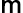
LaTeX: \mathsf{m}